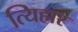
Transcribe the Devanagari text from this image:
त्यिहार